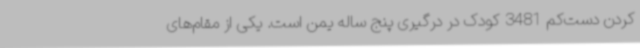
کردن دست‌کم 3481 کودک در درگیری پنج ساله یمن است. یکی از مقام‌های